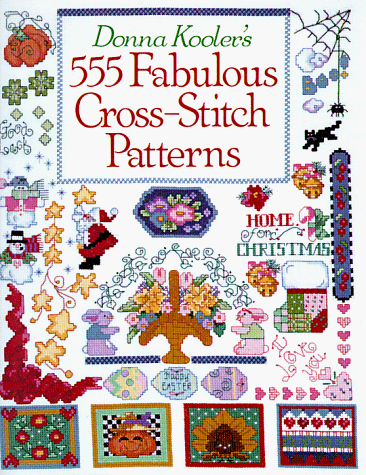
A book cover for Donna Kooler's 555 Fabulous Cross-Stitch Patterns; Donna Kooler; Crafts, Hobbies & Home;